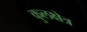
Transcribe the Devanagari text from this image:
कुलक्षेत्र